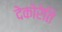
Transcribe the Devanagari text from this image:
देकोरेति